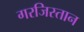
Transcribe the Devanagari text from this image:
गरजिस्तान